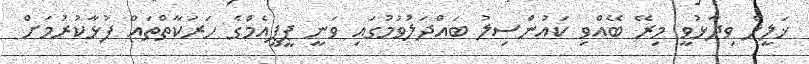
ޚަލީލް ވިދާޅުވީ މިރޭ ބޭއްވި ކައުންސިލު ބައްދަލުވުމުގައި ވަނީ ޕީޕީއެމްގެ ހަރަކާތްތައް ފުޅާކުރުމަށް